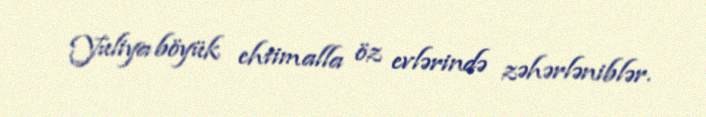
Yuliya böyük ehtimalla öz evlərində zəhərləniblər.